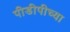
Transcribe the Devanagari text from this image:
पीडीपीच्या